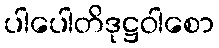
ပါပေါတိဒုဋ္ဌဝါစော